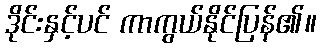
ဒိုင်းနှင့်ပင် ကာကွယ်နိုင်ပြန်၏။